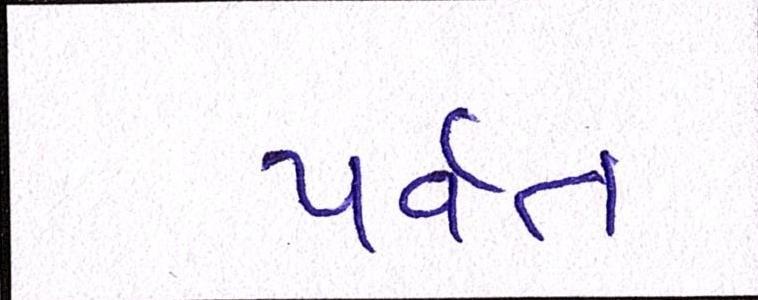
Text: પર્વત